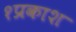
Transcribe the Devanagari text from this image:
१प्रकाश